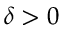
\delta > 0